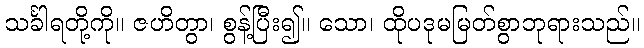
သင်္ခါရတို့ကို။ ဇဟိတွာ၊ စွန့်ပြီး၍။ သော၊ ထိုပဒုမမြတ်စွာဘုရားသည်။